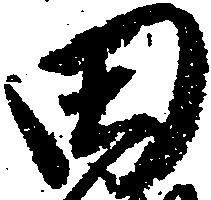
田